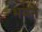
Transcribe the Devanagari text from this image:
भवने